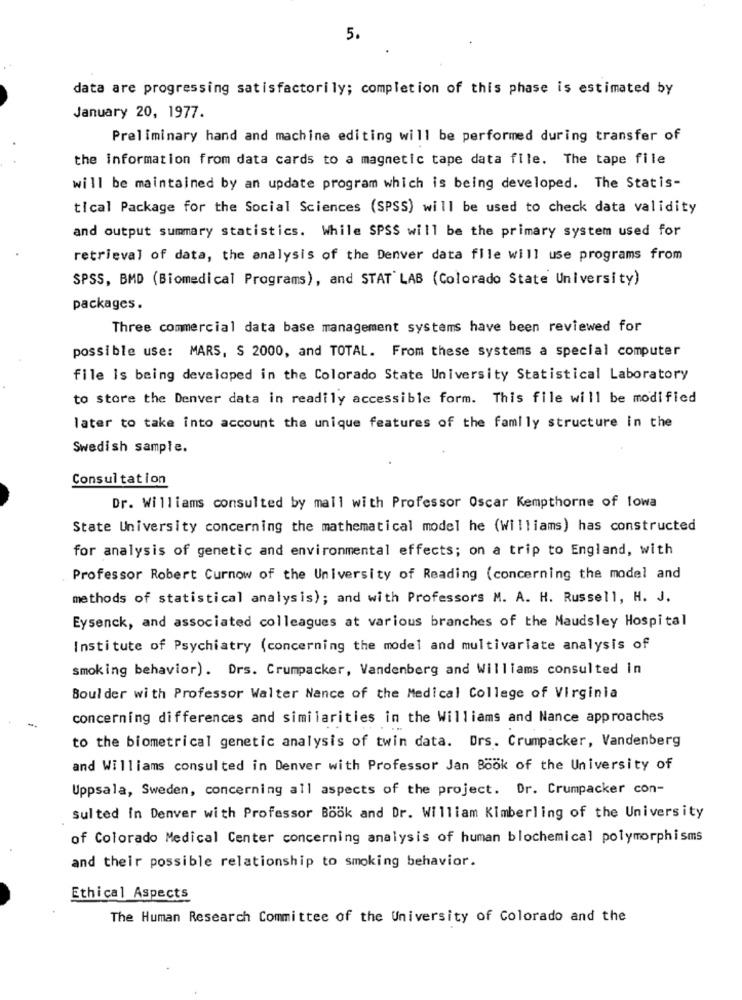
5.
data are progressing satisfactorily; completion of this phase is estimated by
January 20, 1977.
Preliminary hand and machine editing will be performed during transfer of
the information from data cards to a magnetic tape data file. The tape file
will be maintained by an update program which is being developed. The Statis-
tical Package for the Social Sciences (SPSS) will be used to check data validity
and output summary statistics. While SPSS will be the primary system used for
retrieval of data, the analysis of the Denver data file will use programs from
SPSS, BMD (Biomedical Programs), and STAT LAB (Colorado State University)
packages .
Three commercial data base management systems have been reviewed for
possible use: MARS, S 2000, and TOTAL. From these systems a special computer
file Is being developed in the Colorado State University Statistical Laboratory
to store the Denver data in readily accessible form. This file will be modified
later to take into account the unique features of the family structure in the
Swedish sample.
Consultation
Dr. Williams consulted by mall with Professor Oscar Kempthorne of lowa
State University concerning the mathematical model he (Williams) has constructed
for analysis of genetic and environmental effects; on a trip to England, with
Professor Robert Curnow of the University of Reading (concerning the model and
methods of statistical analysis); and with Professors M. A. H. Russell, H. J.
Eysenck, and associated colleagues at various branches of the Maudsley Hospital
Institute of Psychiatry (concerning the model and multivariate analysis of
smoking behavior). Drs. Crumpacker, Vandenberg and Williams consulted in
Boulder with Professor Walter Nance of the Medical College of Virginia
concerning differences and similarities in the Williams and Nance approaches
--
to the biometrical genetic analysis of twin data. Drs. Crumpacker, Vandenberg
and Williams consulted in Denver with Professor Jan Book of the University of
Uppsala, Sweden, concerning all aspects of the project. Dr. Crumpacker con-
sul ted In Denver with Professor Book and Dr. William Kimberling of the University
of Colorado Medical Center concerning analysis of human blochemical polymorphisms
and their possible relationship to smoking behavior.
Ethical Aspects
The Human Research Committee of the University of Colorado and the